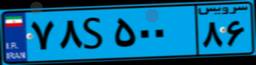
۷۸S۵۰۰۸۶